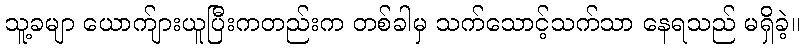
သူ့ခမျာ ယောက်ျားယူပြီးကတည်းက တစ်ခါမှ သက်သောင့်သက်သာ နေရသည် မရှိခဲ့။